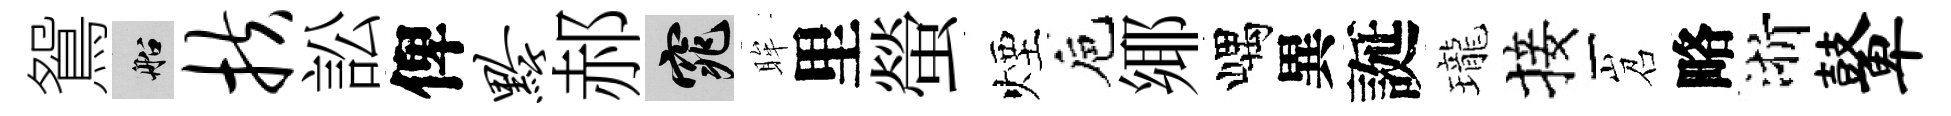
鴛船扶訟俾黔郝窕眸里螢煙巵鄊嵎異誕瓏接岧略浙鼙